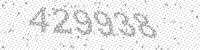
Solution: 429938